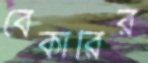
বেকারির